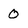
Character: 0